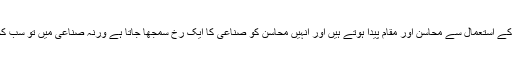
ا نہیں لفظوں کے استعمال سے محاسن اور مقام پیدا ہوتے ہیں اور انہیں محاسن کو صناعی کا ایک رخ سمجھا جاتا ہے ورنہ صناعی میں تو سب کچھ شامل ہے۔